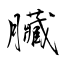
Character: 臟